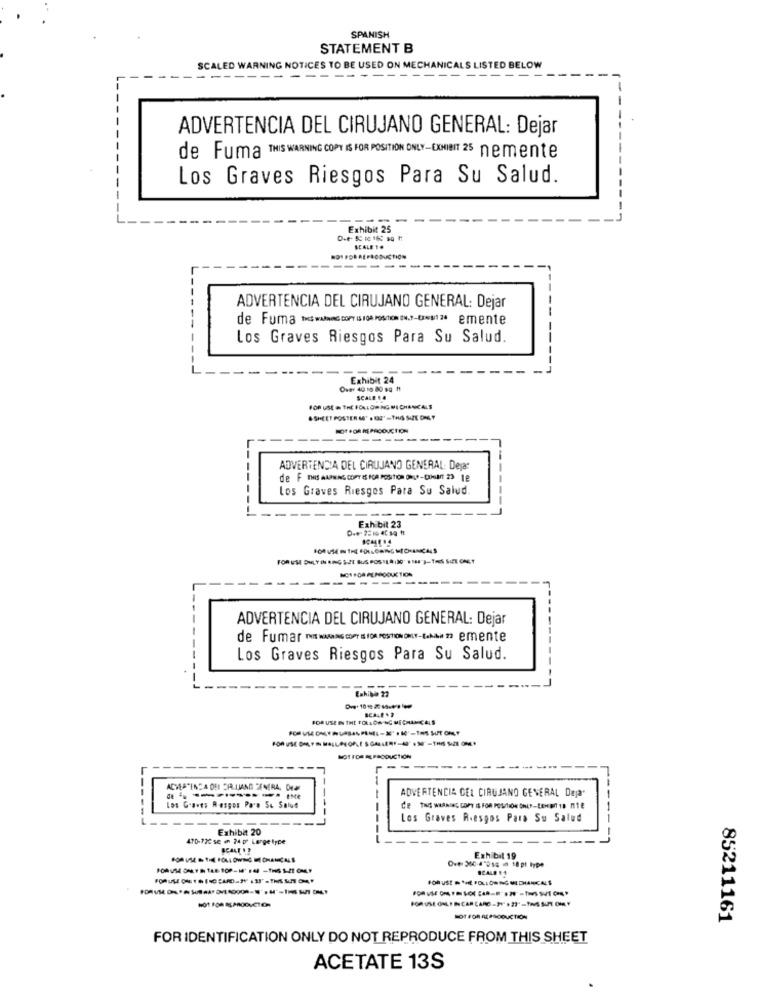
SPANISH
STATEMENT B
SCALED WARNING NOTICES TO BE USED ON MECHANICALS LISTED BELOW
ADVERTENCIA DEL CIRUJANO GENERAL: Dejar
de Fuma THIS WARNING COPY IS FOR POSITION ONLY-EXHIBIT 25 nemente
Los Graves Riesgos Para Su Salud.
---
Exhibit 25
SCALE 1.
------
ADVERTENCIA DEL CIRUJANO GENERAL: Dejar
de Fuma SWAYING COPYIS.100 POSTION.7- 20 emente
Los Graves Riesgos Para Su Salud.
Exhibit 24
Over 40 10 80 sq H
SCALE E 4
FOR USE = THE FOLLOWING MI CHANICALS
.SHEET POSTER M' . 82'-THIS- SIZE ONLY
-------
ADVERTENCIA DEL CIRUJANO GENERAL: Dejar
de F IMIS AARNAS COPT IS ICA POSITION ONLA-DOGAt 23 18
Los Graves Riesgos Para Su Salud.
Die- 2:10 45 sa ft
Exhibit 23
------
ADVERTENCIA DEL CIRUJANO GENERAL: Dejar
de Fumar INIE WAARANG COPY ES FOR POSITION ONIT-LAMAIS emente
Los Graves Riesgos Para Su Salud.
FOR USE IN THE FOLLOWING MECHANICALS
NOT FOR REPRODUCTION
ADVERTENCIA DEI DALUIAND CENERA, Dear
ADVERTENCIA CEL CIRUJANO GENERAL Deja"
------------ -
Los Graves Rasgos Para S& Salu
Ce THS WIANING COPY IS FOR POSITION CHEF-LEHET 19 n16
Los Graves Riesgos Para Su Salud
Exhibat 20
470-720 se ₥ 24 p' Large type
Exhibit 19
SCALE
NOT FOR ACASODUCTION
85211161
FOR IDENTIFICATION ONLY DO NOT REPRODUCE FROM THIS SHEET
ACETATE 13S